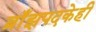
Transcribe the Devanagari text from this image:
ब्राँझपदकेही